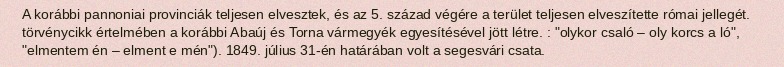
A korábbi pannoniai provinciák teljesen elvesztek, és az 5. század végére a terület teljesen elveszítette római jellegét. törvénycikk értelmében a korábbi Abaúj és Torna vármegyék egyesítésével jött létre. : "olykor csaló – oly korcs a ló", "elmentem én – elment e mén"). 1849. július 31-én határában volt a segesvári csata.